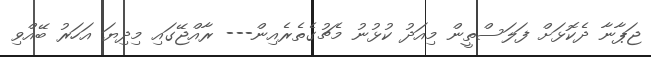
ޖަޕާނާ ދެކޮޅަށް ފަލަސްތީން މިއަދު ކުޅުނު މެޗުގެތެރެއިން--- ރާއްޖޭގައި މިދިޔަ އަހަރު ބޭއްވި